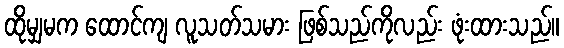
ထိုမျှမက ထောင်ကျ လူသတ်သမား ဖြစ်သည်ကိုလည်း ဖုံးထားသည်။